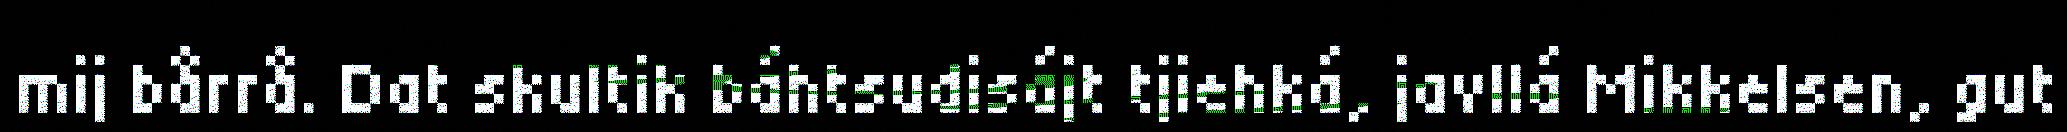
mij bårrå. Dat skultik báhtsudisájt tjiehká, javllá Mikkelsen, gut